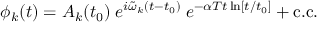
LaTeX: \phi _ { k } ( t ) = { \cal A } _ { k } ( t _ { 0 } ) \; e ^ { i \tilde { \omega } _ { k } ( t - t _ { 0 } ) } \; e ^ { - \alpha T t \ln [ t / t _ { 0 } ] } + \mathrm { c . c . }